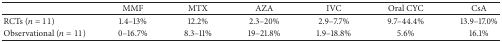
<table><thead><tr><td></td><td><b>MMF</b></td><td><b>MTX</b></td><td><b>AZA</b></td><td><b>IVC</b></td><td><b>Oral CYC</b></td><td><b>CsA</b></td></tr></thead><tbody><tr><td>RCTs (<i>n</i> = 11)</td><td>1.4–13%</td><td>12.2%</td><td>2.3–20%</td><td>2.9–7.7%</td><td>9.7–44.4%</td><td>13.9–17.0%</td></tr><tr><td>Observational (<i>n</i> = 11)</td><td>0–16.7%</td><td>8.3–11%</td><td>19–21.8%</td><td>1.9–18.8%</td><td>5.6%</td><td>16.1%</td></tr></tbody></table>